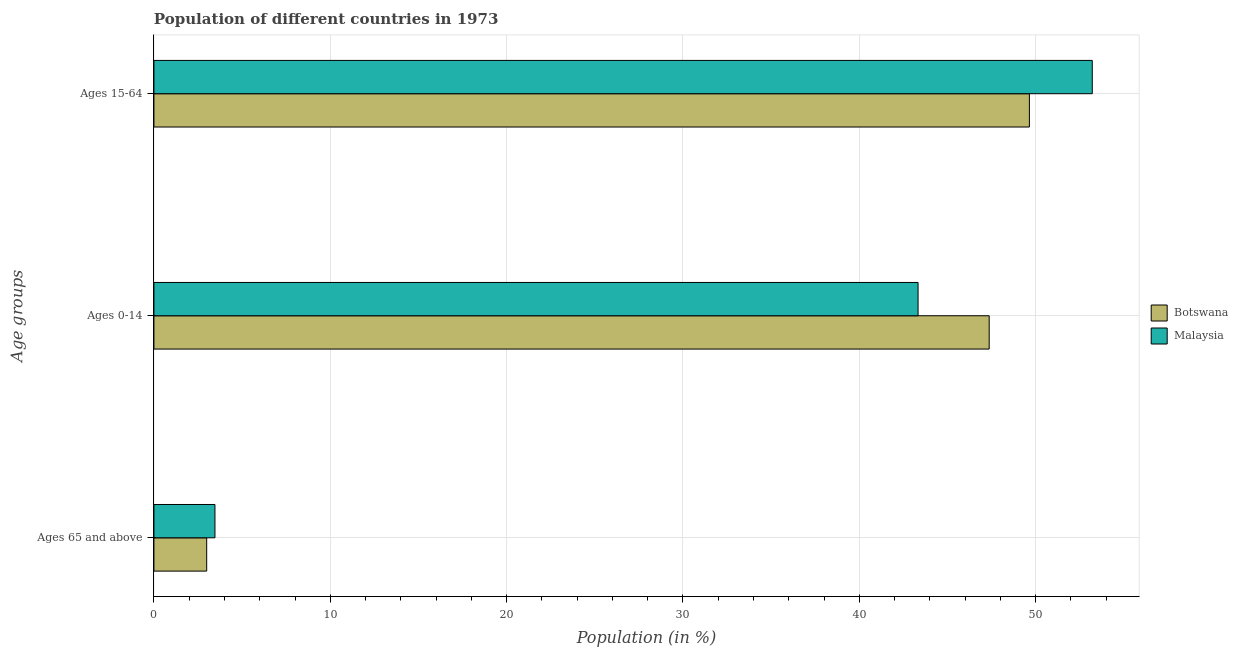
| Age groups | Botswana | Malaysia |
 | --- | --- | --- |
 | Ages 65 and above | 2.99 | 3.46 |
 | Ages 0-14 | 47.4 | 43.3 |
 | Ages 15-64 | 49.6 | 53.2 |